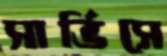
সার্ভিসে